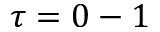
\tau = 0 - 1